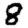
Digit: 8